Second report of the anti-malarial operations at Mian Mir, 1901-1903 - Number 9
Year: 1901
Disease focus: Malaria
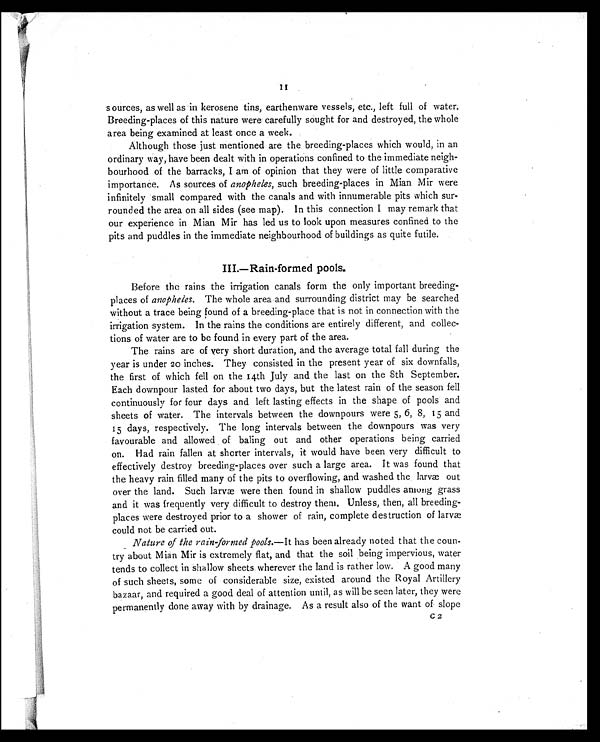
sources, as well as in kerosene tins, earthenware vessels, etc., left full of water.
Breeding-places of this nature were carefully sought for and destroyed, the whole
area being examined at least once a week.
Although those just mentioned are the breeding-places which would, in an
ordinary way, have been dealt with in operations confined to the immediate neigh-
bourhood of the barracks, I am of opinion that they were of little comparative
importance. As sources of anopheles, such breeding-places in Mian Mir were
infinitely small compared with the canals and with innumerable pits which sur-
rounded the area on all sides (see map). In this connection I may remark that
our experience in Mian Mir has led us to look upon measures confined to the
pits and puddles in the immediate neighbourhood of buildings as quite futile.
III.—Rain-formed pools.
Before the rains the irrigation canals form the only important breeding-
places of anopheles. The whole area and surrounding district may be searched
without a trace being found of a breeding-place that is not in connection with the
irrigation system. In the rains the conditions are entirely different, and collec-
tions of water are to be found in every part of the area.
The rains are of very short duration, and the average total fall during the
year is under 20 inches. They consisted in the present year of six downfalls,
the first of which fell on the 14th July and the last on the 8th September.
Each downpour lasted for about two days, but the latest rain of the season fell
continuously for four days and left lasting effects in the shape of pools and
sheets of water. The intervals between the downpours were 5, 6, 8, 15 and
15 days, respectively. The long intervals between the downpours was very
favourable and allowed of baling out and other operations being carried
on. Had rain fallen at shorter intervals, it would have been very difficult to
effectively destroy breeding-places over such a large area. It was found that
the heavy rain filled many of the pits to overflowing, and washed the larvæ out
over the land. Such larvæ were then found in shallow puddles among grass
and it was frequently very difficult to destroy them. Unless, then, all breeding-
places were destroyed prior to a shower of rain, complete destruction of larvæ
could not be carried out.
Nature of the rain-formed pools.— It has been already noted that the coun-
try about Mian Mir is extremely flat, and that the soil being impervious, water
tends to collect in shallow sheets wherever the land is rather low. A good many
of such sheets, some of considerable size, existed around the Royal Artillery
bazaar, and required a good deal of attention until, as will be seen later, they were
permanently done away with by drainage. As a result also of the want of slope
c2